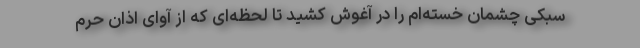
سبکی چشمان خسته‌ام را در آغوش کشید تا لحظه‌ای که از آوای اذان حرم